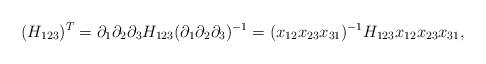
LaTeX: \begin{align*}(H_{123})^T=\partial_1\partial_2\partial_3H_{123}(\partial_1\partial_2\partial_3)^{-1}=(x_{12}x_{23}x_{31})^{-1}H_{123}x_{12}x_{23}x_{31},\end{align*}